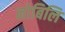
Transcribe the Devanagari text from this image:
नोबिलि